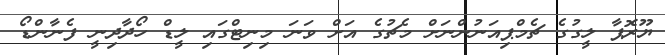
ޔޫރޮޕާ ލީގުގެ ޗެމްޕިއަނުންނަށް މެޗުގެ އަށް ވަނަ މިނިޓްގައި ލީޑް ހޯދާދިނީ ފެނާންޑޯ